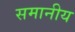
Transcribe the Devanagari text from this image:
समानीय